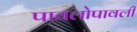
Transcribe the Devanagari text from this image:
पावलोपावली